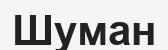
Шуман